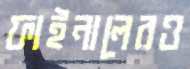
ফাইনালেরও